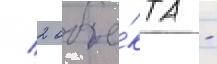
/ 2 объе́кта -